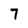
Character: 7